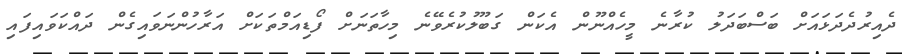
ދެއިރުދެދަޅައަށް ބަސްބަދަލު ކުރާނެ މީހެއްނޫން އެކަން ގަބޫލުކުރެވޭނެ މިހާތަނަށް ފޯޑިއަމްތަކަށް އަރާހުންނަވައިގެން ދައްކަވައިފައި